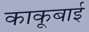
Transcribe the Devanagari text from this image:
काकूबाई